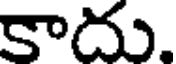
కాదు.